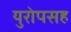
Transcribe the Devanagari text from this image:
युरोपसह